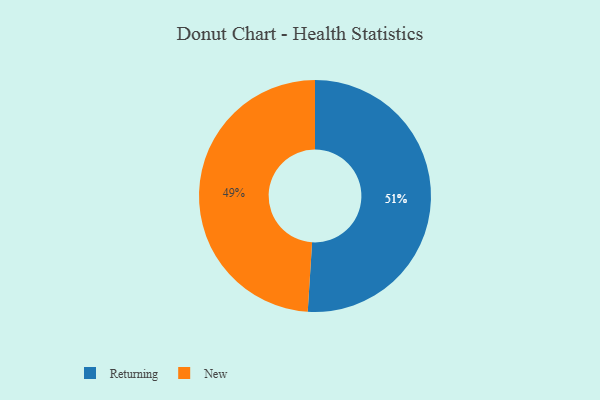
{"axis": {"x": "Category", "y": "Percentage"}, "legend": ["New", "Returning"], "data": [{"x": "New", "y": 49, "type": "New"}, {"x": "Returning", "y": 51, "type": "Returning"}]}